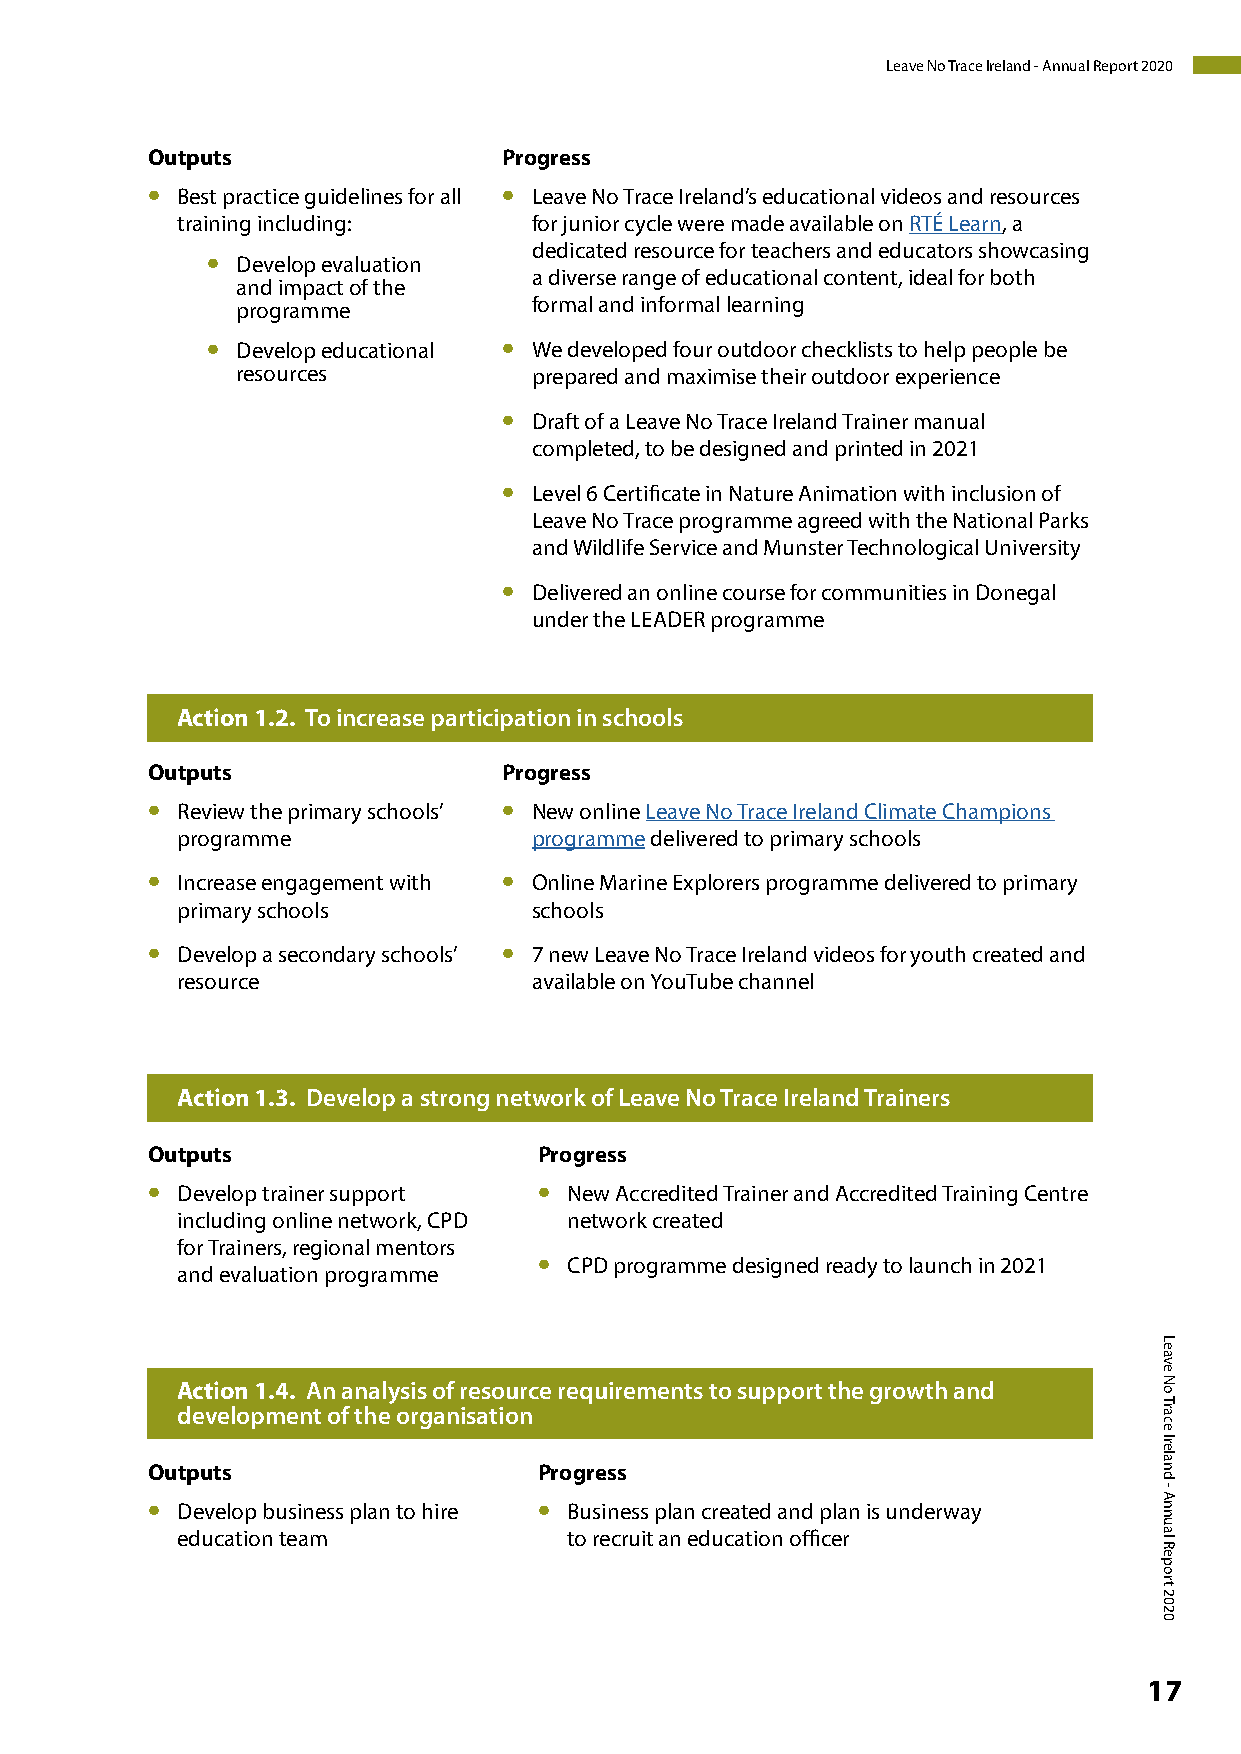
Leave No Trace Ireland - Annual Report 2020
 Outputs                Progress
 •                      •
 Best practice guidelines for all Leave No Trace Ireland’s educational videos and resources
 training including:    for junior cycle were made available on RTÉ Learn, a
 •                    dedicated resource for teachers and educators showcasing
 Develop evaluation
 a diverse range of educational content, ideal for both
 and impact of the
 programme          formal and informal learning
 •                  •
 Develop educational We developed four outdoor checklists to help people be
 resources          prepared and maximise their outdoor experience
 •
 Draft of a Leave No Trace Ireland Trainer manual
 completed, to be designed and printed in 2021
 •
 Level 6 Certificate in Nature Animation with inclusion of
 Leave No Trace programme agreed with the National Parks
 and Wildlife Service and Munster Technological University
 •
 Delivered an online course for communities in Donegal
 under the LEADER programme
 Action 1.2. To increase participation in schools
 Outputs                Progress
 •                      •
 Review the primary schools’ New online Leave No Trace Ireland Climate Champions
 programme              programme delivered to primary schools
 •                      •
 Increase engagement with Online Marine Explorers programme delivered to primary
 primary schools        schools
 •                      •
 Develop a secondary schools’ 7 new Leave No Trace Ireland videos for youth created and
 resource               available on YouTube channel
 Action 1.3. Develop a strong network of Leave No Trace Ireland Trainers
 Outputs                   Progress
 •                         •
 Develop trainer support   New Accredited Trainer and Accredited Training Centre
 including online network, CPD network created
 for Trainers, regional mentors
 •
 CPD programme designed ready to launch in 2021
 and evaluation programme
 Action 1.4. An analysis of resource requirements to support the growth and
 development of the organisation
 Outputs                   Progress
 •                         •
 Develop business plan to hire Business plan created and plan is underway
 education team            to recruit an education officer
 17
 Leave
 No
 Trace
 Ireland
 -
 Annual
 Report
 2020